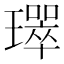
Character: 𤪛